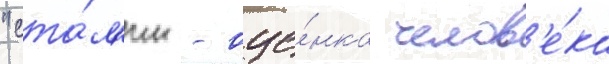
"ста́л'ин - оце́нка челов'е́ка